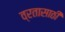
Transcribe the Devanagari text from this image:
व्रतासाठी